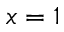
x = 1